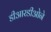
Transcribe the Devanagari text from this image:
डीआरडीओने